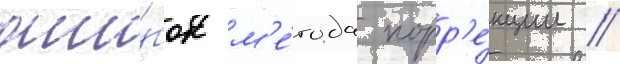
оши́бок м'е́тода корр'е́кции //